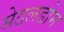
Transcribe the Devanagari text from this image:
सेडलडोम